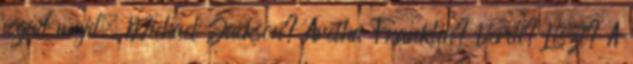
fogad majd. Michael Jackson? Aretha Franklin? Verdi? Liszt? A